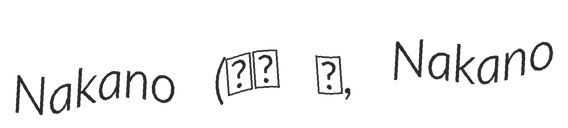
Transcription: Nakano (中野 高, Nakano